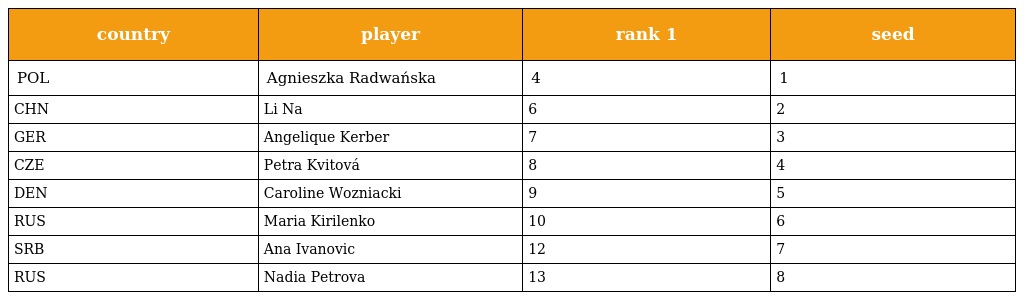
| country | player | rank 1 | seed |
 | --- | --- | --- | --- |
 | POL | Agnieszka Radwańska | 4 | 1 |
 | CHN | Li Na | 6 | 2 |
 | GER | Angelique Kerber | 7 | 3 |
 | CZE | Petra Kvitová | 8 | 4 |
 | DEN | Caroline Wozniacki | 9 | 5 |
 | RUS | Maria Kirilenko | 10 | 6 |
 | SRB | Ana Ivanovic | 12 | 7 |
 | RUS | Nadia Petrova | 13 | 8 |